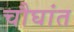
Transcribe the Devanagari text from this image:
चौघांत